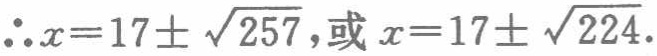
\(\therefore x = 17\pm\sqrt{257},\text{或 }x = 17\pm\sqrt{224}\)